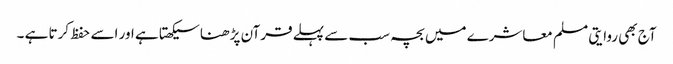
آج بھی روایتی مسلم معاشرے میں بچہ سب سے پہلے قرآن پڑھنا سیکھتا ہے اور اسے حفظ کرتا ہے ۔